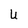
Character: U